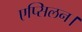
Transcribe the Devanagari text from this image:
एप्सिलन।